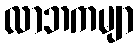
လာဘကမျာ